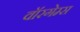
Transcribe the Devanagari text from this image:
वॉरगेम्स